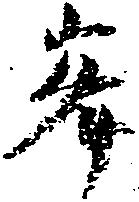
峰